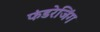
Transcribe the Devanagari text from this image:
फंडरेजिंग